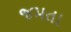
જમતા